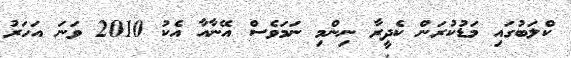
ކްލަބުގައި މަޑުކުރަން ކެދީރާ ނިންމި ނަމަވެސް އޭނާއާ އެކު 2010 ވަނަ އަހަރު